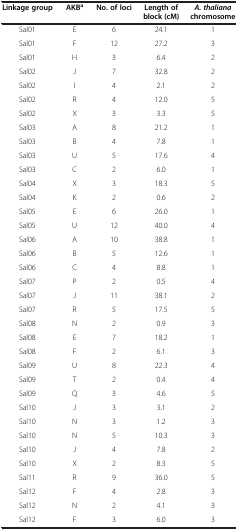
<table><thead><tr><td><b>Linkage group</b></td><td><b>AKB<sup>a</sup></b></td><td><b>No. of loci</b></td><td><b>Length of block (cM)</b></td><td><b><i>A. thaliana </i>chromosome</b></td></tr></thead><tbody><tr><td>Sal01</td><td>E</td><td>6</td><td>24.1</td><td>1</td></tr><tr><td>Sal01</td><td>F</td><td>12</td><td>27.2</td><td>3</td></tr><tr><td>Sal01</td><td>H</td><td>3</td><td>6.4</td><td>2</td></tr><tr><td>Sal02</td><td>J</td><td>7</td><td>32.8</td><td>2</td></tr><tr><td>Sal02</td><td>I</td><td>4</td><td>2.1</td><td>2</td></tr><tr><td>Sal02</td><td>R</td><td>4</td><td>12.0</td><td>5</td></tr><tr><td>Sal02</td><td>X</td><td>3</td><td>3.3</td><td>5</td></tr><tr><td>Sal03</td><td>A</td><td>8</td><td>21.2</td><td>1</td></tr><tr><td>Sal03</td><td>B</td><td>4</td><td>7.8</td><td>1</td></tr><tr><td>Sal03</td><td>U</td><td>5</td><td>17.6</td><td>4</td></tr><tr><td>Sal03</td><td>C</td><td>2</td><td>6.0</td><td>1</td></tr><tr><td>Sal04</td><td>X</td><td>3</td><td>18.3</td><td>5</td></tr><tr><td>Sal04</td><td>K</td><td>2</td><td>0.6</td><td>2</td></tr><tr><td>Sal05</td><td>E</td><td>6</td><td>26.0</td><td>1</td></tr><tr><td>Sal05</td><td>U</td><td>12</td><td>40.0</td><td>4</td></tr><tr><td>Sal06</td><td>A</td><td>10</td><td>38.8</td><td>1</td></tr><tr><td>Sal06</td><td>B</td><td>5</td><td>12.6</td><td>1</td></tr><tr><td>Sal06</td><td>C</td><td>4</td><td>8.8</td><td>1</td></tr><tr><td>Sal07</td><td>P</td><td>2</td><td>0.5</td><td>4</td></tr><tr><td>Sal07</td><td>J</td><td>11</td><td>38.1</td><td>2</td></tr><tr><td>Sal07</td><td>R</td><td>5</td><td>17.5</td><td>5</td></tr><tr><td>Sal08</td><td>N</td><td>2</td><td>0.9</td><td>3</td></tr><tr><td>Sal08</td><td>E</td><td>7</td><td>18.2</td><td>1</td></tr><tr><td>Sal08</td><td>F</td><td>2</td><td>6.1</td><td>3</td></tr><tr><td>Sal09</td><td>U</td><td>8</td><td>22.3</td><td>4</td></tr><tr><td>Sal09</td><td>T</td><td>2</td><td>0.4</td><td>4</td></tr><tr><td>Sal09</td><td>Q</td><td>3</td><td>4.6</td><td>5</td></tr><tr><td>Sal10</td><td>J</td><td>3</td><td>3.1</td><td>2</td></tr><tr><td>Sal10</td><td>N</td><td>3</td><td>1.2</td><td>3</td></tr><tr><td>Sal10</td><td>N</td><td>5</td><td>10.3</td><td>3</td></tr><tr><td>Sal10</td><td>J</td><td>4</td><td>7.8</td><td>2</td></tr><tr><td>Sal10</td><td>X</td><td>2</td><td>8.3</td><td>5</td></tr><tr><td>Sal11</td><td>R</td><td>9</td><td>36.0</td><td>5</td></tr><tr><td>Sal12</td><td>F</td><td>4</td><td>2.8</td><td>3</td></tr><tr><td>Sal12</td><td>N</td><td>2</td><td>4.1</td><td>3</td></tr><tr><td>Sal12</td><td>F</td><td>3</td><td>6.0</td><td>3</td></tr></tbody></table>